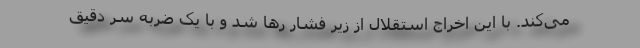
می‌کند. با این اخراج استقلال از زیر فشار رها شد و با یک ضربه سر دقیق